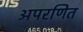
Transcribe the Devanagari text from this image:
अपरणित